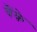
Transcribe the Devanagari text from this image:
चैंके